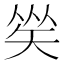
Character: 𥏀